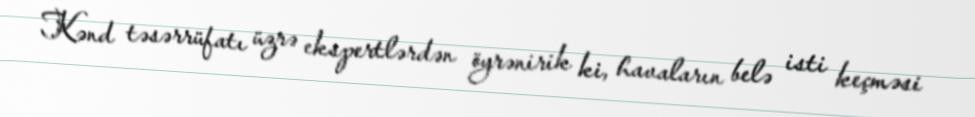
Kənd təsərrüfatı üzrə ekspertlərdən öyrənirik ki, havaların belə isti keçməsi